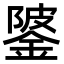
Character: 𨧦